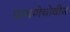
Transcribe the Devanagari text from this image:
पावणेचोवीस